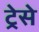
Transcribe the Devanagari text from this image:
ट्रेसे